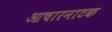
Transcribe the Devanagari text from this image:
आचारनाटक